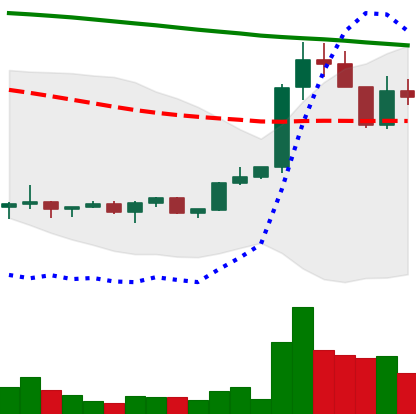
Ticker: XRP-USD
Chart end date: 2022-02-13
Forward return: -3.009%
Label: down_3_5